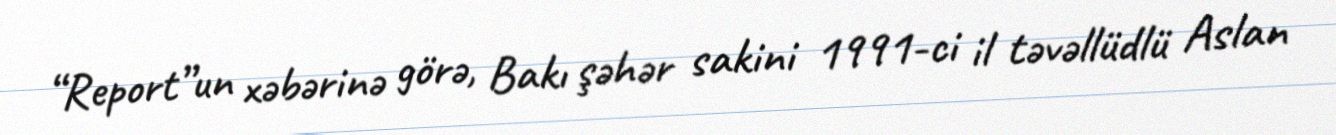
“Report”un xəbərinə görə, Bakı şəhər sakini 1991-ci il təvəllüdlü Aslan